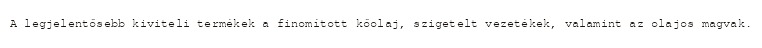
A legjelentősebb kiviteli termékek a finomított kőolaj, szigetelt vezetékek, valamint az olajos magvak.